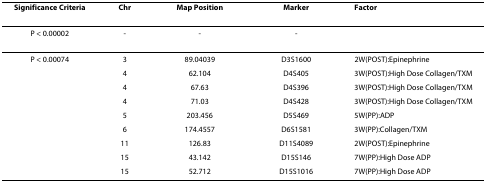
| Significance Criteria | Chr | Map Position | Marker | Factor |
 | --- | --- | --- | --- | --- |
 | P < 0.00002 | - | - | - |  |
 | P < 0.00074 | 3 | 89.04039 | D3S1600 | 2W(POST):Epinephrine |
 |  | 4 | 62.104 | D4S405 | 3W(POST):High Dose Collagen/TXM |
 |  | 4 | 67.63 | D4S396 | 3W(POST):High Dose Collagen/TXM |
 |  | 4 | 71.03 | D4S428 | 3W(POST):High Dose Collagen/TXM |
 |  | 5 | 203.456 | D5S469 | 5W(PP):ADP |
 |  | 6 | 174.4557 | D6S1581 | 3W(PP):Collagen/TXM |
 |  | 11 | 126.83 | D11S4089 | 2W(POST):Epinephrine |
 |  | 15 | 43.142 | D15S146 | 7W(PP):High Dose ADP |
 |  | 15 | 52.712 | D15S1016 | 7W(PP):High Dose ADP |